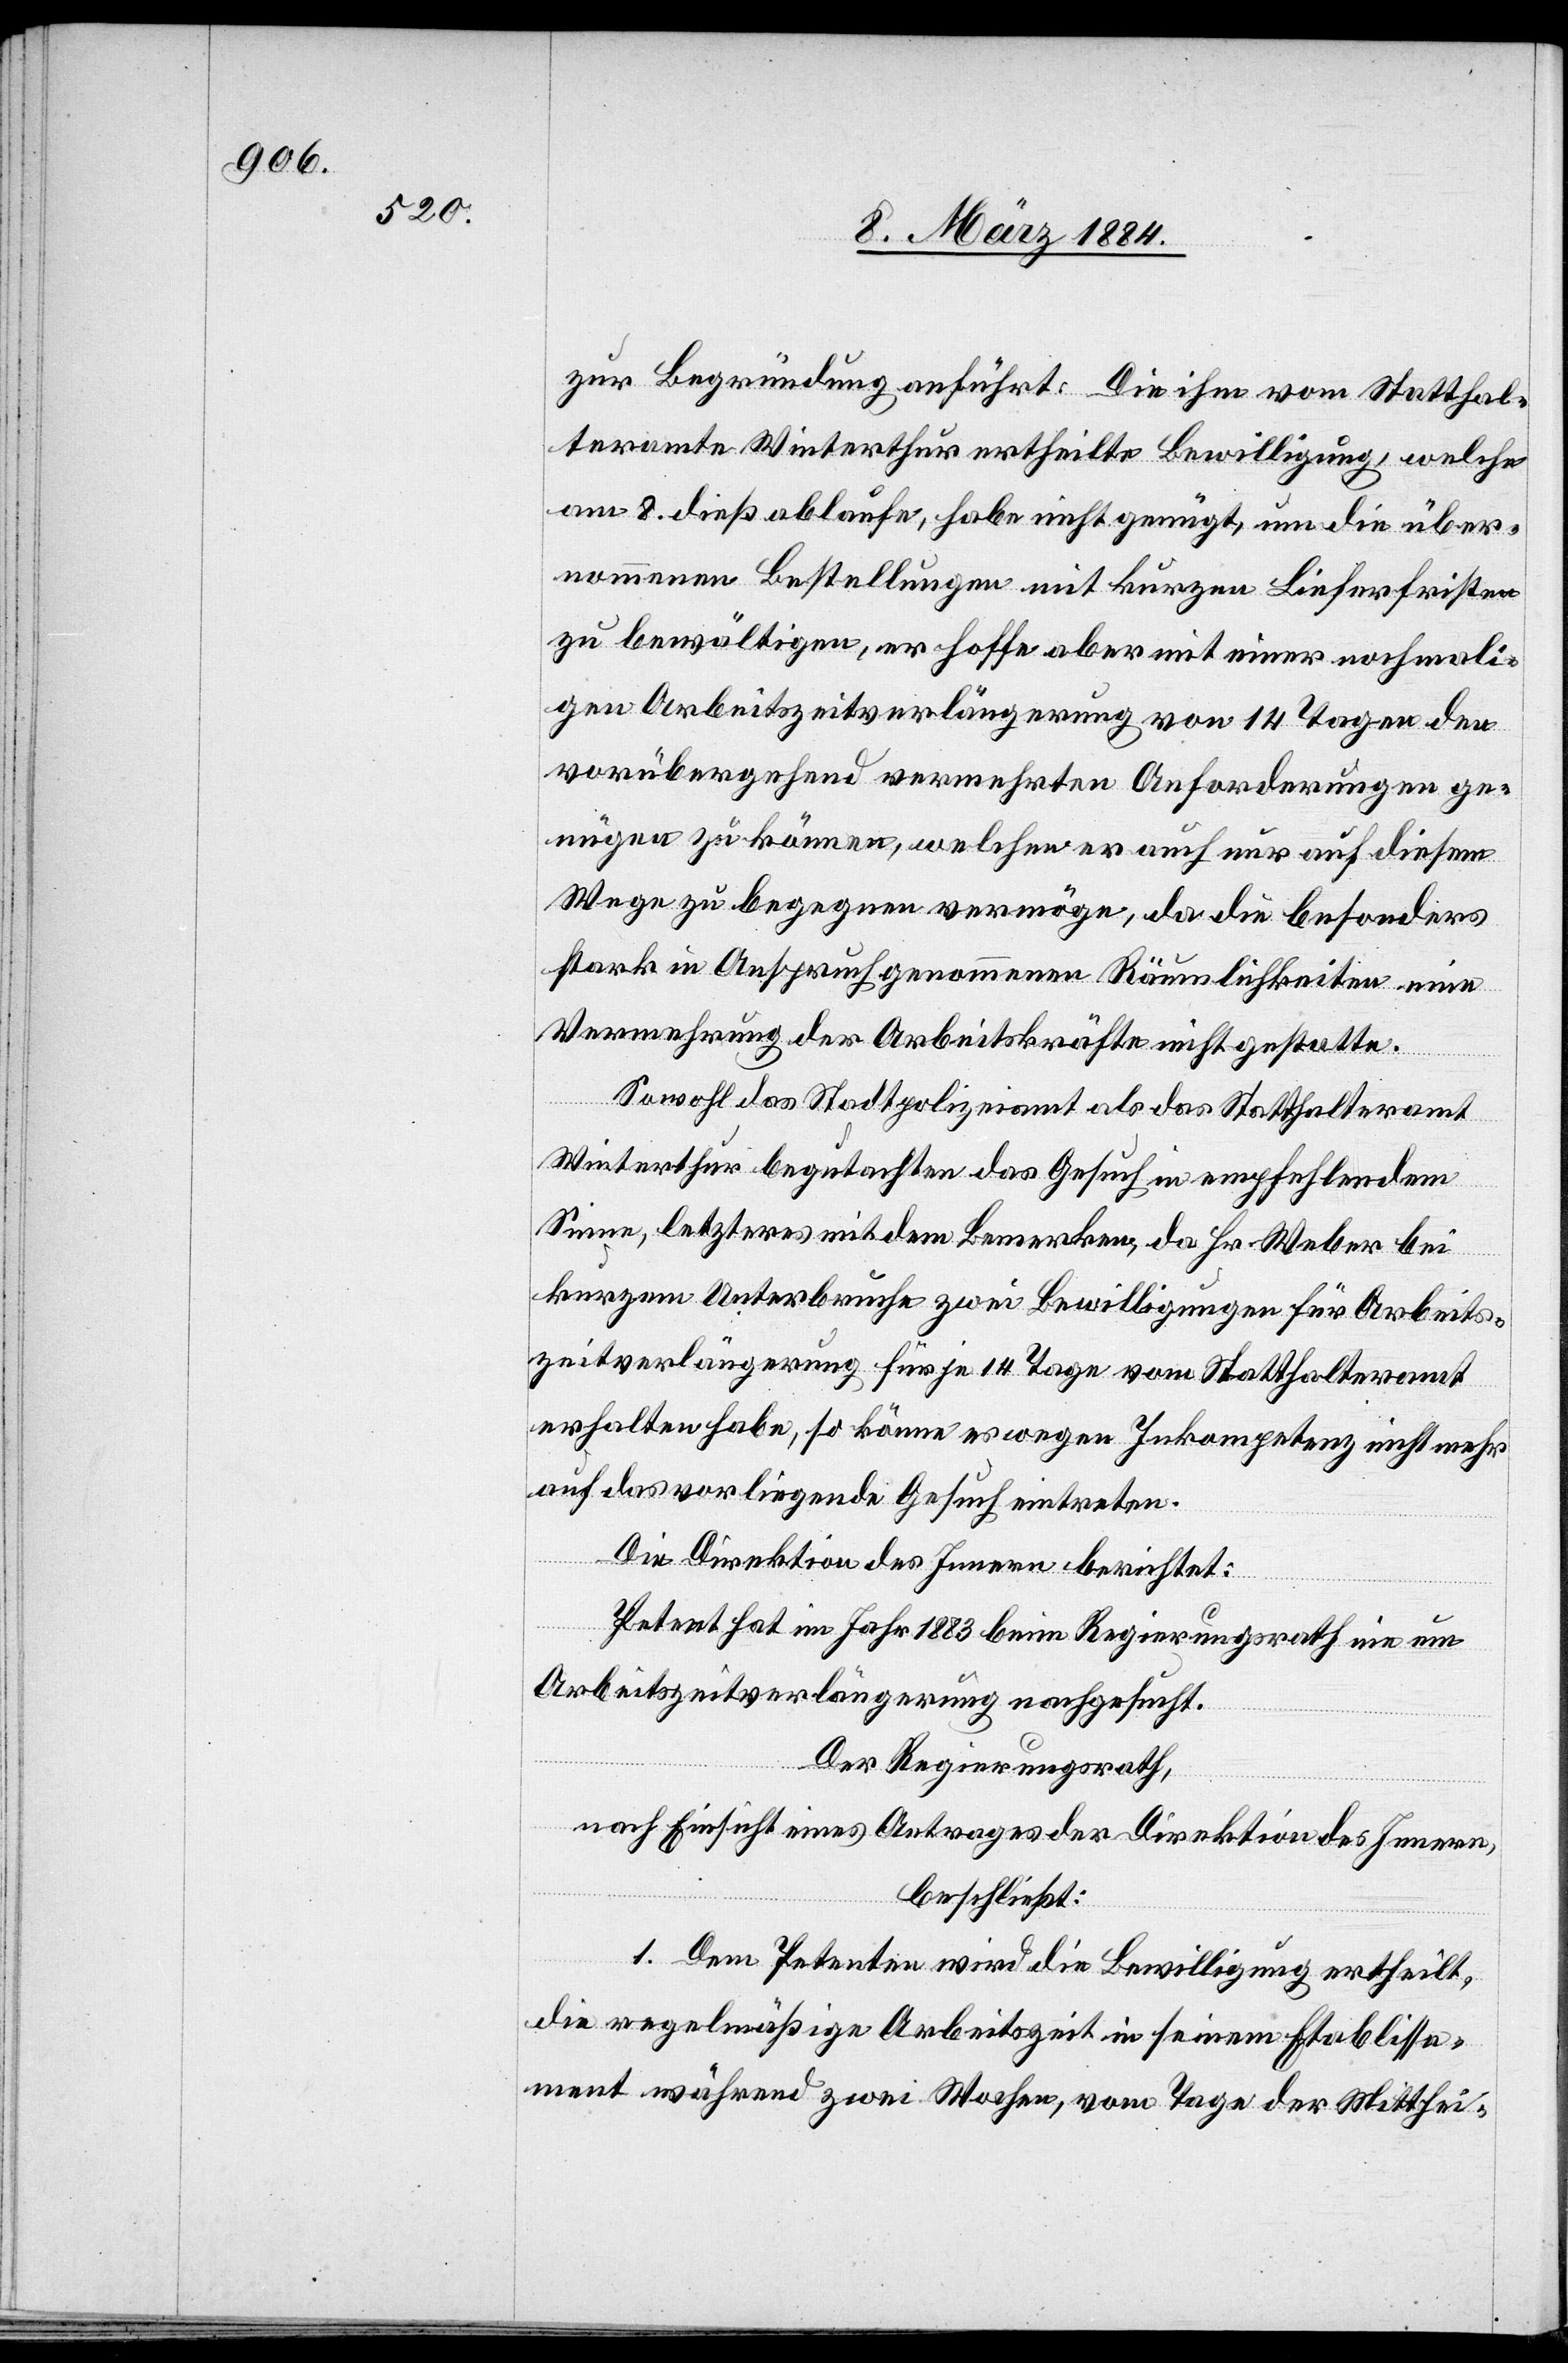
zur Begründung anführt: Die ihm vom Statthal¬
teramte Winterthur ertheilte Bewilligung, welche
am 8. dieß ablaufe, habe nicht genügt, um die über¬
nommenen Bestellungen mit kurzen Lieferfristen
zu bewältigen, er hoffe aber mit einer nochmali¬
gen Arbeitszeitverlängerung von 14 Tagen den
vorübergehend vermehrten Anforderungen ge¬
nügen zu können, welchen er auch nur auf diesem
Wege zu begegnen vermöge, da die besonders
stark in Anspruch genommenen Räumlichkeiten eine
Vermehrung der Arbeitskräfte nicht gestatte.
Sowohl das Stadtpolizeiamt als das Statthalteramt
Winterthur begutachten das Gesuch in empfehlendem
Sinne, letzteres mit dem Bemerken, da Hr. Weber bei
kurzem Unterbruche zwei Bewilligungen für Arbeits¬
zeitverlängerung für je 14 Tage vom Statthalteramt
erhalten habe, so könne es wegen Inkompetenz nicht mehr
auf das vorliegende Gesuch eintreten.
Die Direktion des Innern berichtet:
Petent hat im Jahr 1883 beim Regierungsrath nie um
Arbeitszeitverlängerung nachgesucht.
Der Regierungsrath,
nach Einsicht eines Antrages der Direktion des Innern,
beschließt:
1. Dem Petenten wird die Bewilligung ertheilt,
die regelmäßige Arbeitszeit in seinem Etablisse¬
ment während zwei Wochen, vom Tage der Mitthei-